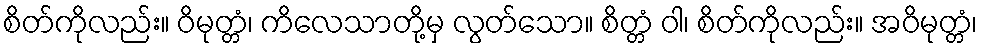
စိတ်ကိုလည်း။ ဝိမုတ္တံ၊ ကိလေသာတို့မှ လွတ်သော။ စိတ္တံ ဝါ၊ စိတ်ကိုလည်း။ အဝိမုတ္တံ၊